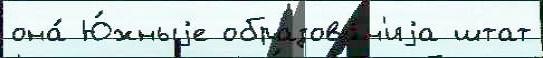
она́ Ю́жныjе образова́н'иjа штат